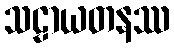
သဠာယတနဿ